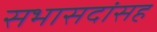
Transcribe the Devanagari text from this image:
सभासदांसह